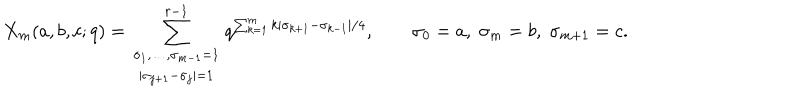
LaTeX: X _ { m } ( a , b , c ; q ) = \sum _ { \begin{array} { c } { { \scriptstyle \sigma _ { 1 } , \ldots , \sigma _ { m - 1 } = 1 } } \\ { { \scriptstyle | \sigma _ { j + 1 } - \sigma _ { j } | = 1 } } \\ \end{array} } ^ { r - 1 } q ^ { \sum _ { k = 1 } ^ { m } k | \sigma _ { k + 1 } - \sigma _ { k - 1 } | / 4 } , \qquad \sigma _ { 0 } = a , \; \sigma _ { m } = b , \; \sigma _ { m + 1 } = c .